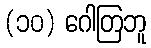
(၁၀) ဂေါတြဘူ